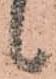
候